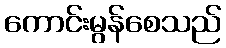
ကောင်းမွန်စေသည်